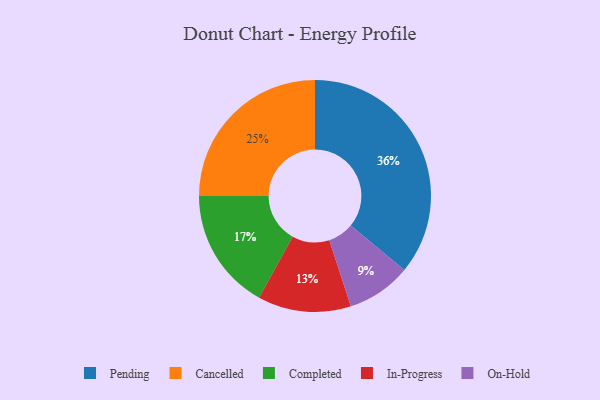
{"axis": {"x": "Category", "y": "Percentage"}, "legend": ["Cancelled", "Completed", "In-Progress", "On-Hold", "Pending"], "data": [{"x": "Completed", "y": 17, "type": "Completed"}, {"x": "Cancelled", "y": 25, "type": "Cancelled"}, {"x": "Pending", "y": 36, "type": "Pending"}, {"x": "In-Progress", "y": 13, "type": "In-Progress"}, {"x": "On-Hold", "y": 9, "type": "On-Hold"}]}